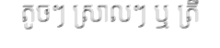
តូចៗ ស្រាលៗ ឬ ត្រី